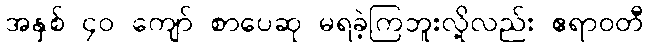
အနှစ် ၄၀ ကျော် စာပေဆု မရခဲ့ကြဘူးလို့လည်း ဧရာဝတီ